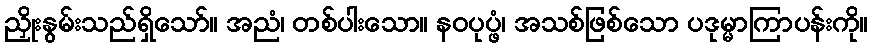
ညှိုးနွမ်းသည်ရှိသော်။ အညံ၊ တစ်ပါးသော။ နဝပုပ္ဖံ၊ အသစ်ဖြစ်သော ပဒုမ္မာကြာပန်းကို။